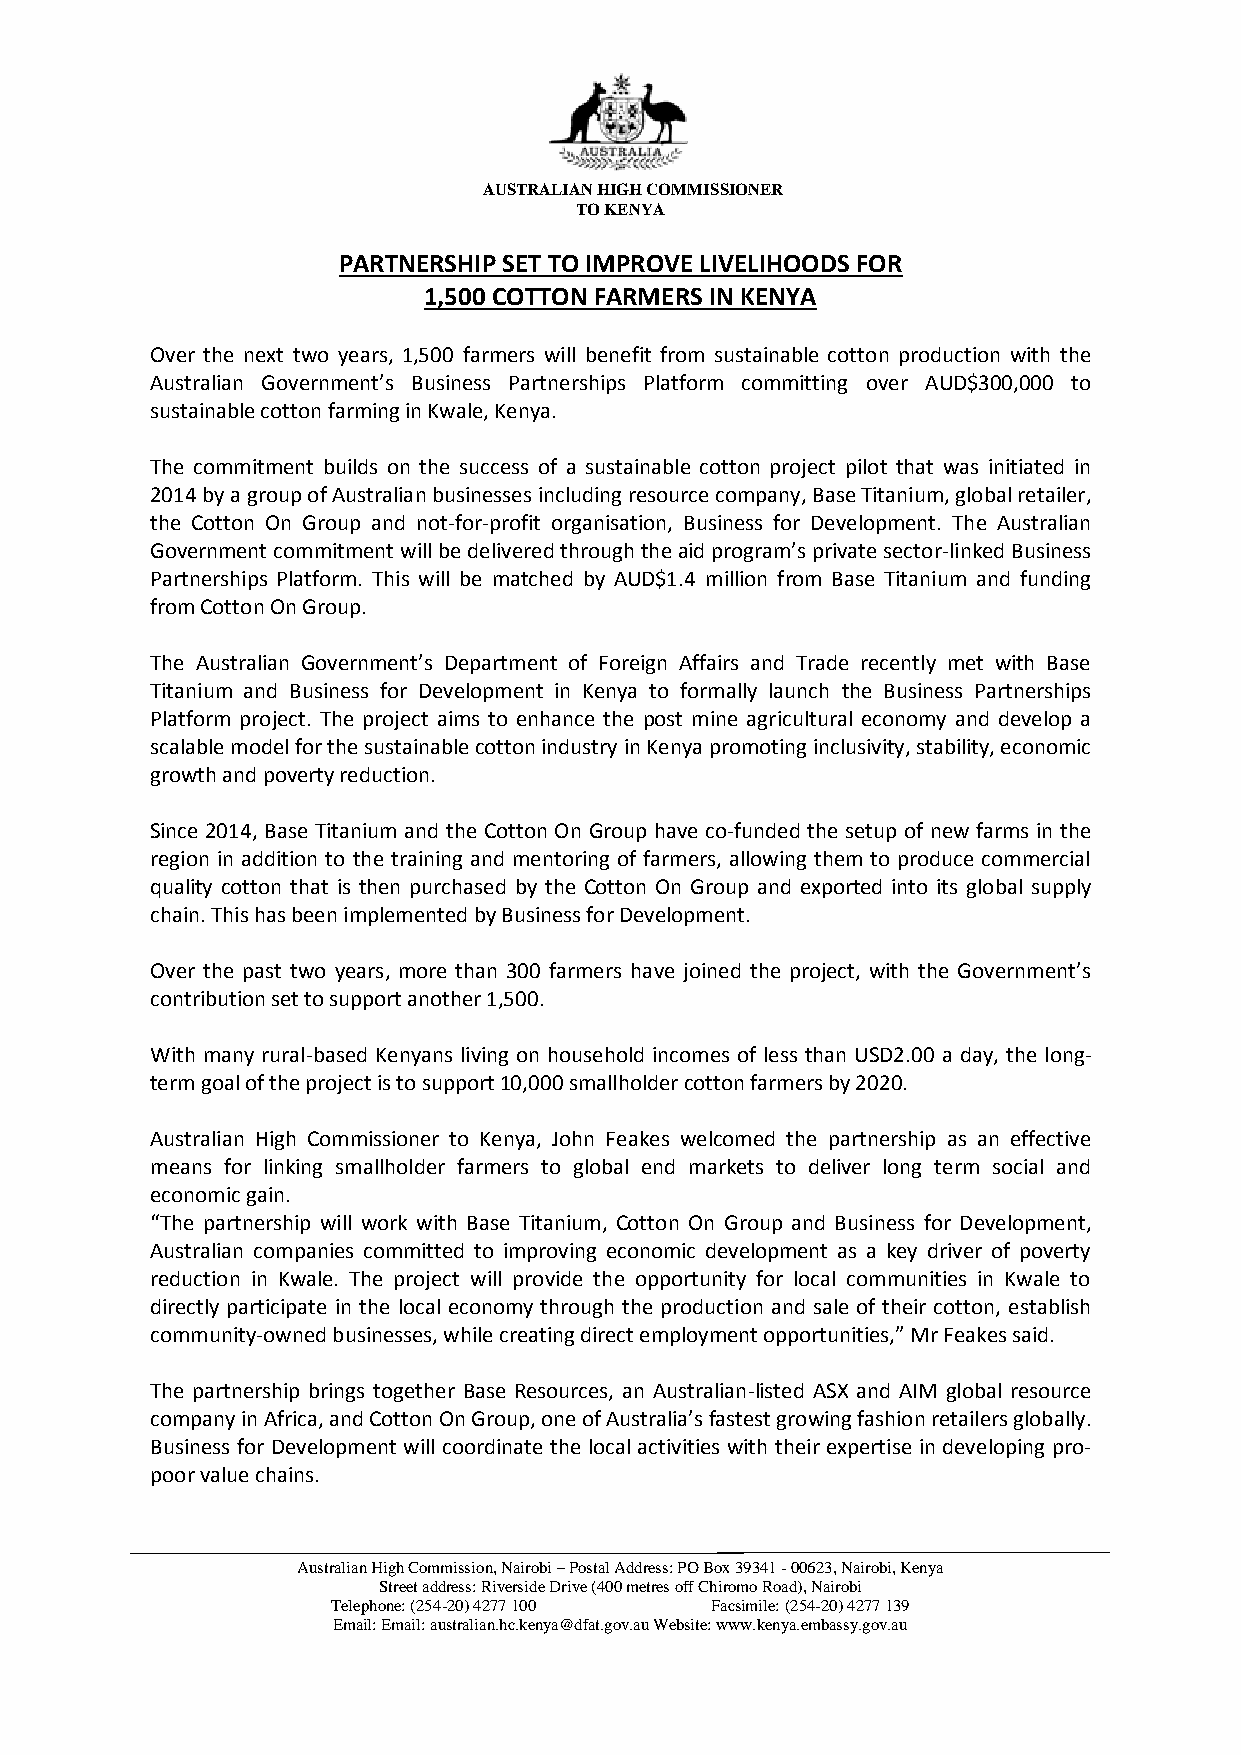
AUSTRALIAN HIGH COMMISSIONER
 TO KENYA
 PARTNERSHIP SET TO IMPROVE LIVELIHOODS FOR
 1,500 COTTON FARMERS IN KENYA
 Over the next two years, 1,500 farmers will benefit from sustainable cotton production with the
 Australian Government’s Business Partnerships Platform committing over AUD$300,000 to
 sustainable cotton farming in Kwale, Kenya.
 The commitment builds on the success of a sustainable cotton project pilot that was initiated in
 2014 by a group of Australian businesses including resource company, Base Titanium, global retailer,
 the Cotton On Group and not-for-profit organisation, Business for Development. The Australian
 Government commitment will be delivered through the aid program’s private sector-linked Business
 Partnerships Platform. This will be matched by AUD$1.4 million from Base Titanium and funding
 from Cotton On Group.
 The Australian Government’s Department of Foreign Affairs and Trade recently met with Base
 Titanium and Business for Development in Kenya to formally launch the Business Partnerships
 Platform project. The project aims to enhance the post mine agricultural economy and develop a
 scalable model for the sustainable cotton industry in Kenya promoting inclusivity, stability, economic
 growth and poverty reduction.
 Since 2014, Base Titanium and the Cotton On Group have co-funded the setup of new farms in the
 region in addition to the training and mentoring of farmers, allowing them to produce commercial
 quality cotton that is then purchased by the Cotton On Group and exported into its global supply
 chain. This has been implemented by Business for Development.
 Over the past two years, more than 300 farmers have joined the project, with the Government’s
 contribution set to support another 1,500.
 With many rural-based Kenyans living on household incomes of less than USD2.00 a day, the long-
 term goal of the project is to support 10,000 smallholder cotton farmers by 2020.
 Australian High Commissioner to Kenya, John Feakes welcomed the partnership as an effective
 means for linking smallholder farmers to global end markets to deliver long term social and
 economic gain.
 “The partnership will work with Base Titanium, Cotton On Group and Business for Development,
 Australian companies committed to improving economic development as a key driver of poverty
 reduction in Kwale. The project will provide the opportunity for local communities in Kwale to
 directly participate in the local economy through the production and sale of their cotton, establish
 community-owned businesses, while creating direct employment opportunities,” Mr Feakes said.
 The partnership brings together Base Resources, an Australian-listed ASX and AIM global resource
 company in Africa, and Cotton On Group, one of Australia’s fastest growing fashion retailers globally.
 Business for Development will coordinate the local activities with their expertise in developing pro-
 poor value chains.
 Australian High Commission, Nairobi – Postal Address: PO Box 39341 - 00623, Nairobi, Kenya
 Street address: Riverside Drive (400 metres off Chiromo Road), Nairobi
 Telephone: (254-20) 4277 100 Facsimile: (254-20) 4277 139
 Email: Email: australian.hc.kenya@dfat.gov.au Website: www.kenya.embassy.gov.au